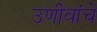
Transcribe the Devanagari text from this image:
उणीवांचे